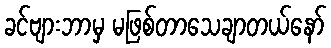
ခင်ဗျားဘာမှ မဖြစ်တာသေချာတယ်နော်